画像に写った文字を読んでください
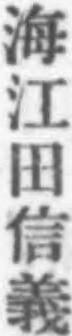
「海江田信義」と書いてあります